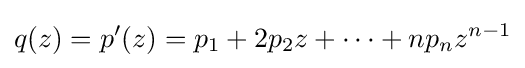
q(z)=p'(z)=p_{1}+2p_{2}z+\cdots +np_{n}z^{n-1}